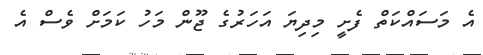
އެ މަސައްކަތް ފެށީ މިދިޔަ އަހަރުގެ ޖޫން މަހު ކަމަށް ވެސް އެ